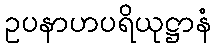
ဥပနာဟပရိယုဋ္ဌာနံ